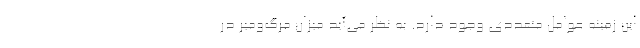
این زمینه عوامل متعددی وجود دارد. به نظر می‌آید میزان مرگ‌ومیر در